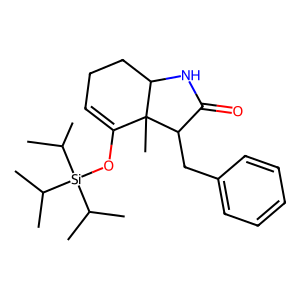
SMILES: CC(C)[Si](OC1=CCCC2NC(=O)C(Cc3ccccc3)C12C)(C(C)C)C(C)C
Inhibits HIV replication: No